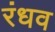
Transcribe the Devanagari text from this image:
रंधव